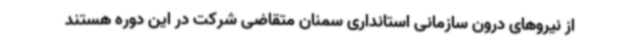
از نیروهای درون سازمانی استانداری سمنان متقاضی شرکت در این دوره هستند